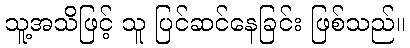
သူ့အသိဖြင့် သူ ပြင်ဆင်နေခြင်း ဖြစ်သည်။